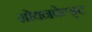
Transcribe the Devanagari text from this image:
ग्रोयनवेल्ड्ट